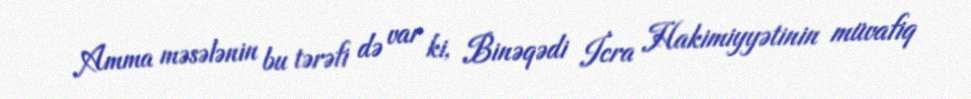
Amma məsələnin bu tərəfi də var ki, Binəqədi İcra Hakimiyyətinin müvafiq